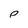
Character: p